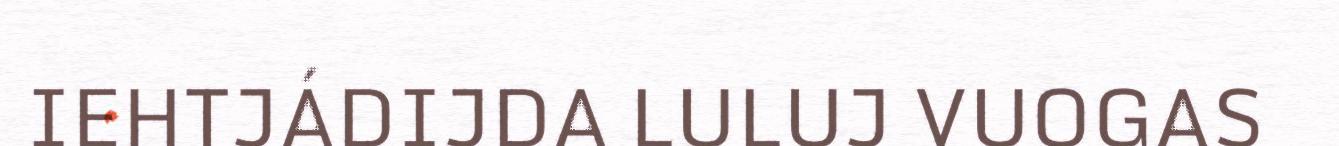
IEHTJÁDIJDA LULUJ VUOGAS